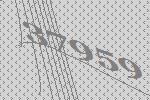
37959